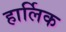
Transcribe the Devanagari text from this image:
हार्लिक